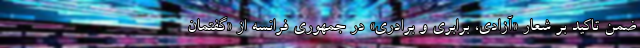
ضمن تاکید بر شعار «آزادی، برابری و برادری» در جمهوری فرانسه از «گفتمان